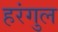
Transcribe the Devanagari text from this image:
हरंगुल